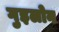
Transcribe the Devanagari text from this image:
गुइलोन